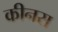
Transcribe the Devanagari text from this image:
कीनस